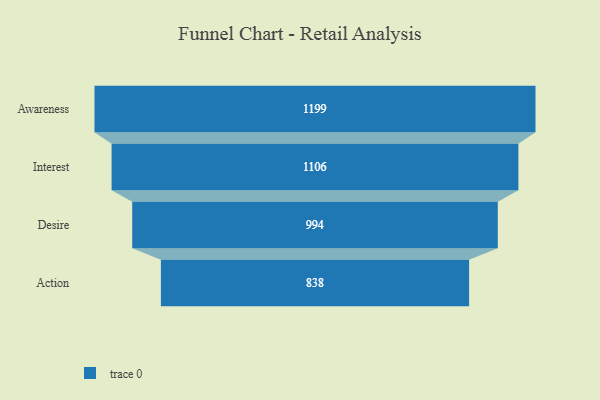
{"axis": {"x": "Stage", "y": "Value"}, "legend": [""], "data": [{"x": "Awareness", "y": 1199.0, "type": ""}, {"x": "Interest", "y": 1106.0, "type": ""}, {"x": "Desire", "y": 994.0, "type": ""}, {"x": "Action", "y": 838.0, "type": ""}]}